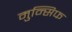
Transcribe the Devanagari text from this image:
मुन्सिफ